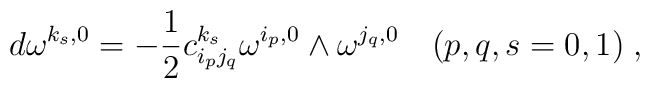
d\omega^{k_{ s}, 0}= -\frac{1}{2} c_{i_{ p}j_{ q}}^{k_{ s}}\omega^{i_{ p}, 0} \wedge \omega^{j_{ q}, 0} \quad (p,q,s=0,1) \;,